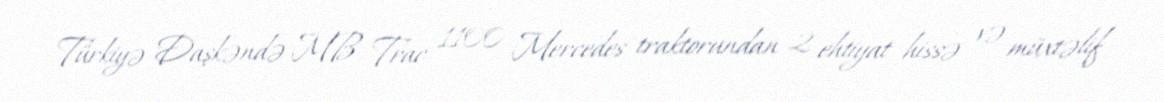
Türkiyə Daşkəndə MB Trac 1100 Mercedes traktorundan 2 ehtiyat hissə və müxtəlif